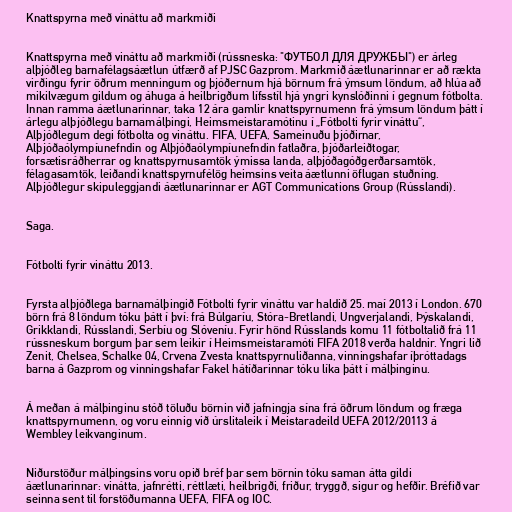
Knattspyrna með vináttu að markmiði

Knattspyrna með vináttu að markmiði (rússneska: "ФУТБОЛ ДЛЯ ДРУЖБЫ") er árleg
alþjóðleg barnafélagsáætlun útfærð af PJSC Gazprom. Markmið áætlunarinnar er að rækta
virðingu fyrir öðrum menningum og þjóðernum hjá börnum frá ýmsum löndum, að hlúa að
mikilvægum gildum og áhuga á heilbrigðum lífsstíl hjá yngri kynslóðinni í gegnum fótbolta.
Innan ramma áætlunarinnar, taka 12 ára gamlir knattspyrnumenn frá ýmsum löndum þátt í
árlegu alþjóðlegu barnamálþingi, Heimsmeistaramótinu í „Fótbolti fyrir vináttu“,
Alþjóðlegum degi fótbolta og vináttu. FIFA, UEFA, Sameinuðu þjóðirnar,
Alþjóðaólympíunefndin og Alþjóðaólympíunefndin fatlaðra, þjóðarleiðtogar,
forsætisráðherrar og knattspyrnusamtök ýmissa landa, alþjóðagóðgerðarsamtök,
félagasamtök, leiðandi knattspyrnufélög heimsins veita áætlunni öflugan stuðning.
Alþjóðlegur skipuleggjandi áætlunarinnar er AGT Communications Group (Rússlandi).

Saga.

Fótbolti fyrir vináttu 2013.

Fyrsta alþjóðlega barnamálþingið Fótbolti fyrir vináttu var haldið 25. maí 2013 í London. 670
börn frá 8 löndum tóku þátt í því: frá Búlgaríu, Stóra-Bretlandi, Ungverjalandi, Þýskalandi,
Grikklandi, Rússlandi, Serbíu og Slóveníu. Fyrir hönd Rússlands komu 11 fótboltalið frá 11
rússneskum borgum þar sem leikir í Heimsmeistaramóti FIFA 2018 verða haldnir. Yngri lið
Zenit, Chelsea, Schalke 04, Crvena Zvesta knattspyrnuliðanna, vinningshafar íþróttadags
barna á Gazprom og vinningshafar Fakel hátíðarinnar tóku líka þátt í málþinginu.

Á meðan á málþinginu stóð töluðu börnin við jafningja sína frá öðrum löndum og fræga
knattspyrnumenn, og voru einnig við úrslitaleik í Meistaradeild UEFA 2012/20113 á
Wembley leikvanginum.

Niðurstöður málþingsins voru opið bréf þar sem börnin tóku saman átta gildi
áætlunarinnar: vinátta, jafnrétti, réttlæti, heilbrigði, friður, tryggð, sigur og hefðir. Bréfið var
seinna sent til forstöðumanna UEFA, FIFA og IOC.